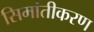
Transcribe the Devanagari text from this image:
सिमांतीकरण